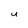
Character: U